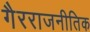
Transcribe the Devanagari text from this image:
गैरराजनीतिक